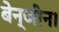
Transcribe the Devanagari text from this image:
बेन्जीन।